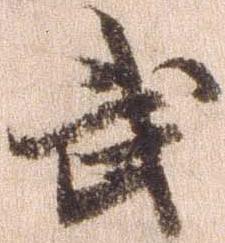
武